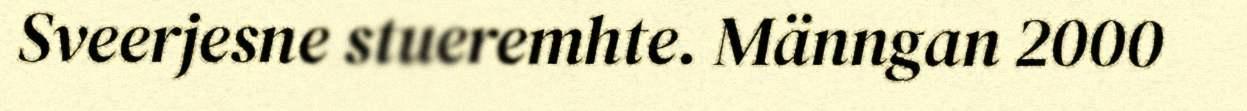
Sveerjesne stueremhte. Männgan 2000